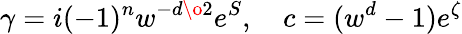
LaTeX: \gamma=i(-1)^{{n}}w^{-{{d}\o 2}}e^{S},\quad c=(w^{d}-1)e^{\zeta}